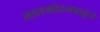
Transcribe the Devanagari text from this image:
लालमोहनबाबूंचे